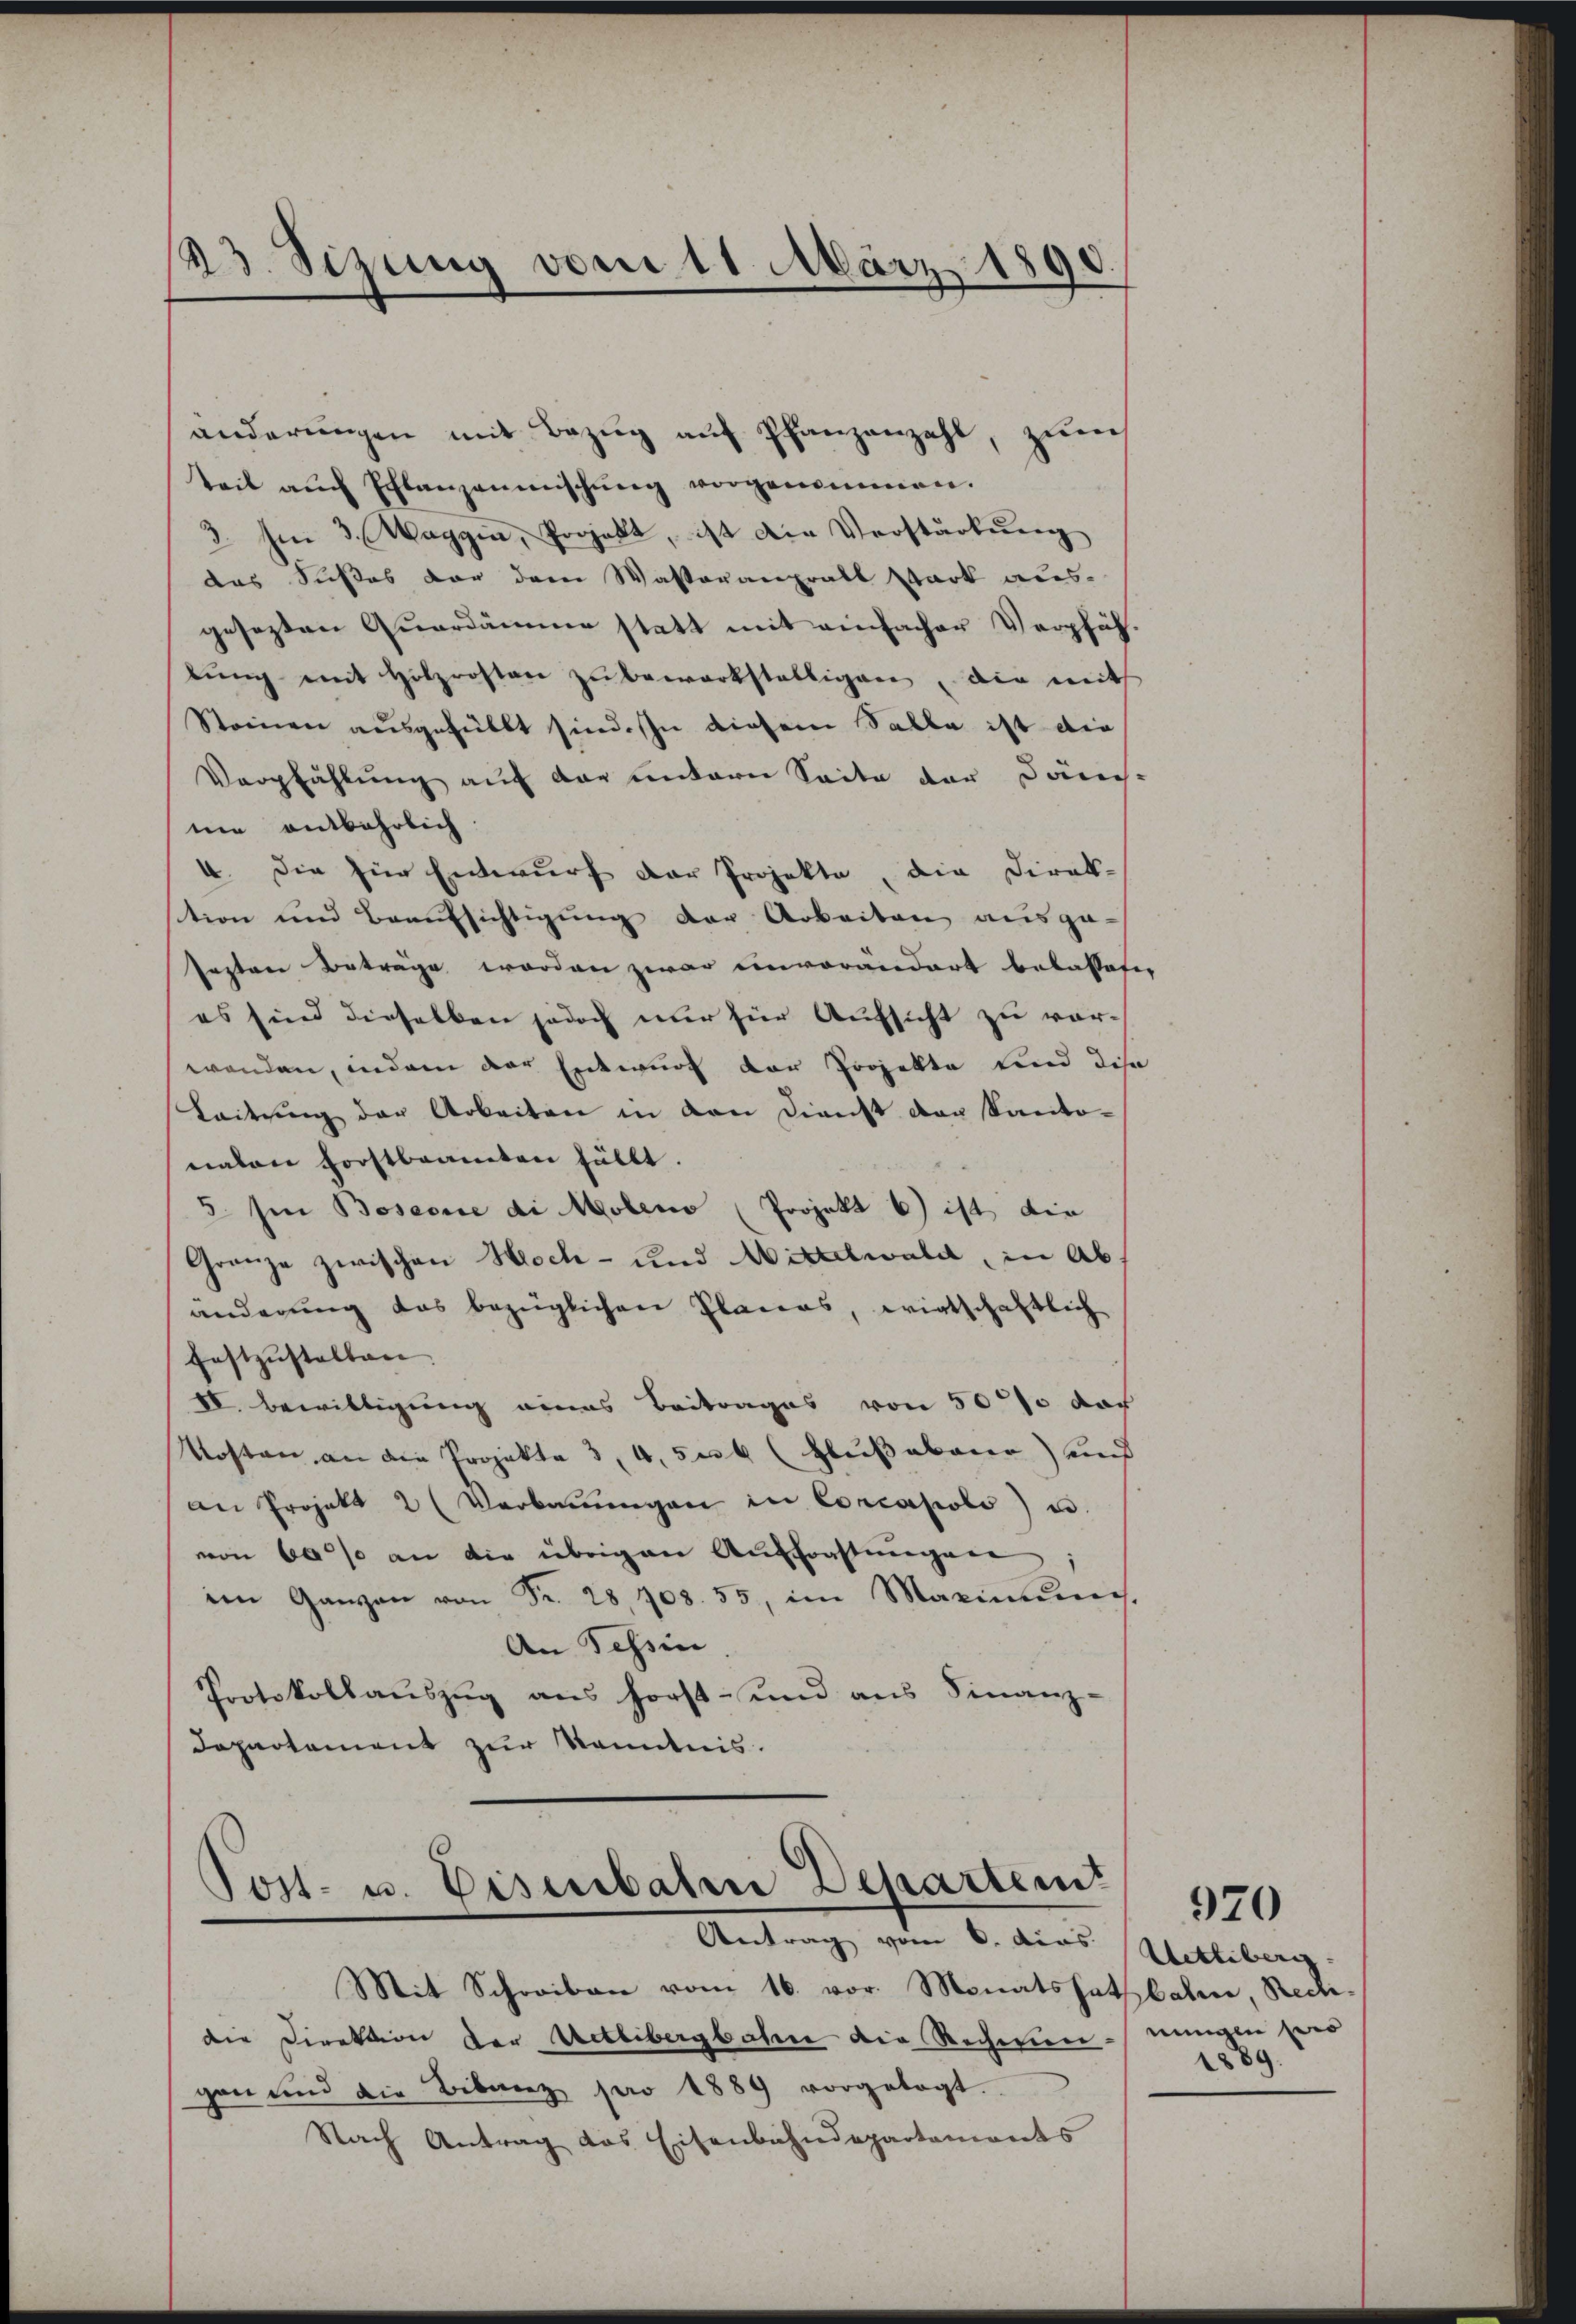
23. Sizung vom 11. März 1890.

änderungen mit Bezug auf Pfanzenzahl, zum
teil auch Pflanzanmischung vorgenommen.
3. Im 3. Waggen, Projekt, ist die Verstärkung
das Süßes vor dem Wasseranprall stark aus-
gesetzten Quardämme statt mit einfacher Verpfäh
tŭng mit Holzrosten zu bewerkställigen, die mit
Steinen ausgefüllt sind. In diesem Salbe ist die
Verpfählung auf der untern Seite der Dänc-
nie entbehrlich.
V. Die für Entwurf der Projekte, die Direk-
stion und Beaufsichtigung der Arbeiten ausge-
festen Beträge worden zwar einverändert belassete,
es sind dieselben jedoch nur für Aufsicht zu vorwenden, indem der Entwurf der Projekte und die
Leitung der Arbeiten in den Dienst von Kanto-
nalen Forstbeamten fällt.
5 hin Boseone di Moleno (Projekt 6) ist die
Granze zwischen Hoch- und Wittelwald, in Abs
änderung das bezüglichen Placas, wirtschaftlich
Festzŭstalten.
VV. Bewilligung eines Beitrages von 50% der
Kosten an die Projekte 3, 4, 504 (Flußabarer) und
an Projekt 2 (Verbaŭŭngen in Corcapioli) u.
von 60 so an die übrigen Auftrafungen
im Ganzen von Fr. 28. 708. 55, im Maximus,
An Tessin
Protokollaŭszŭg ans forst- und ans Finanz-
Departement zur Kenntnis.

Post- u. Disenbatene Departem
Antrag vom 6. das Wetliberg.

Mit Schreiben vom 16. vor. Monatssatzlahen, Rectidie Direktion der Uetlibergbahn die Rechnen einigen sero
gen und die Bibanz pro 1889 vorgelegt.
Nach Antrag das Eisenbahndepartements

1889.

970